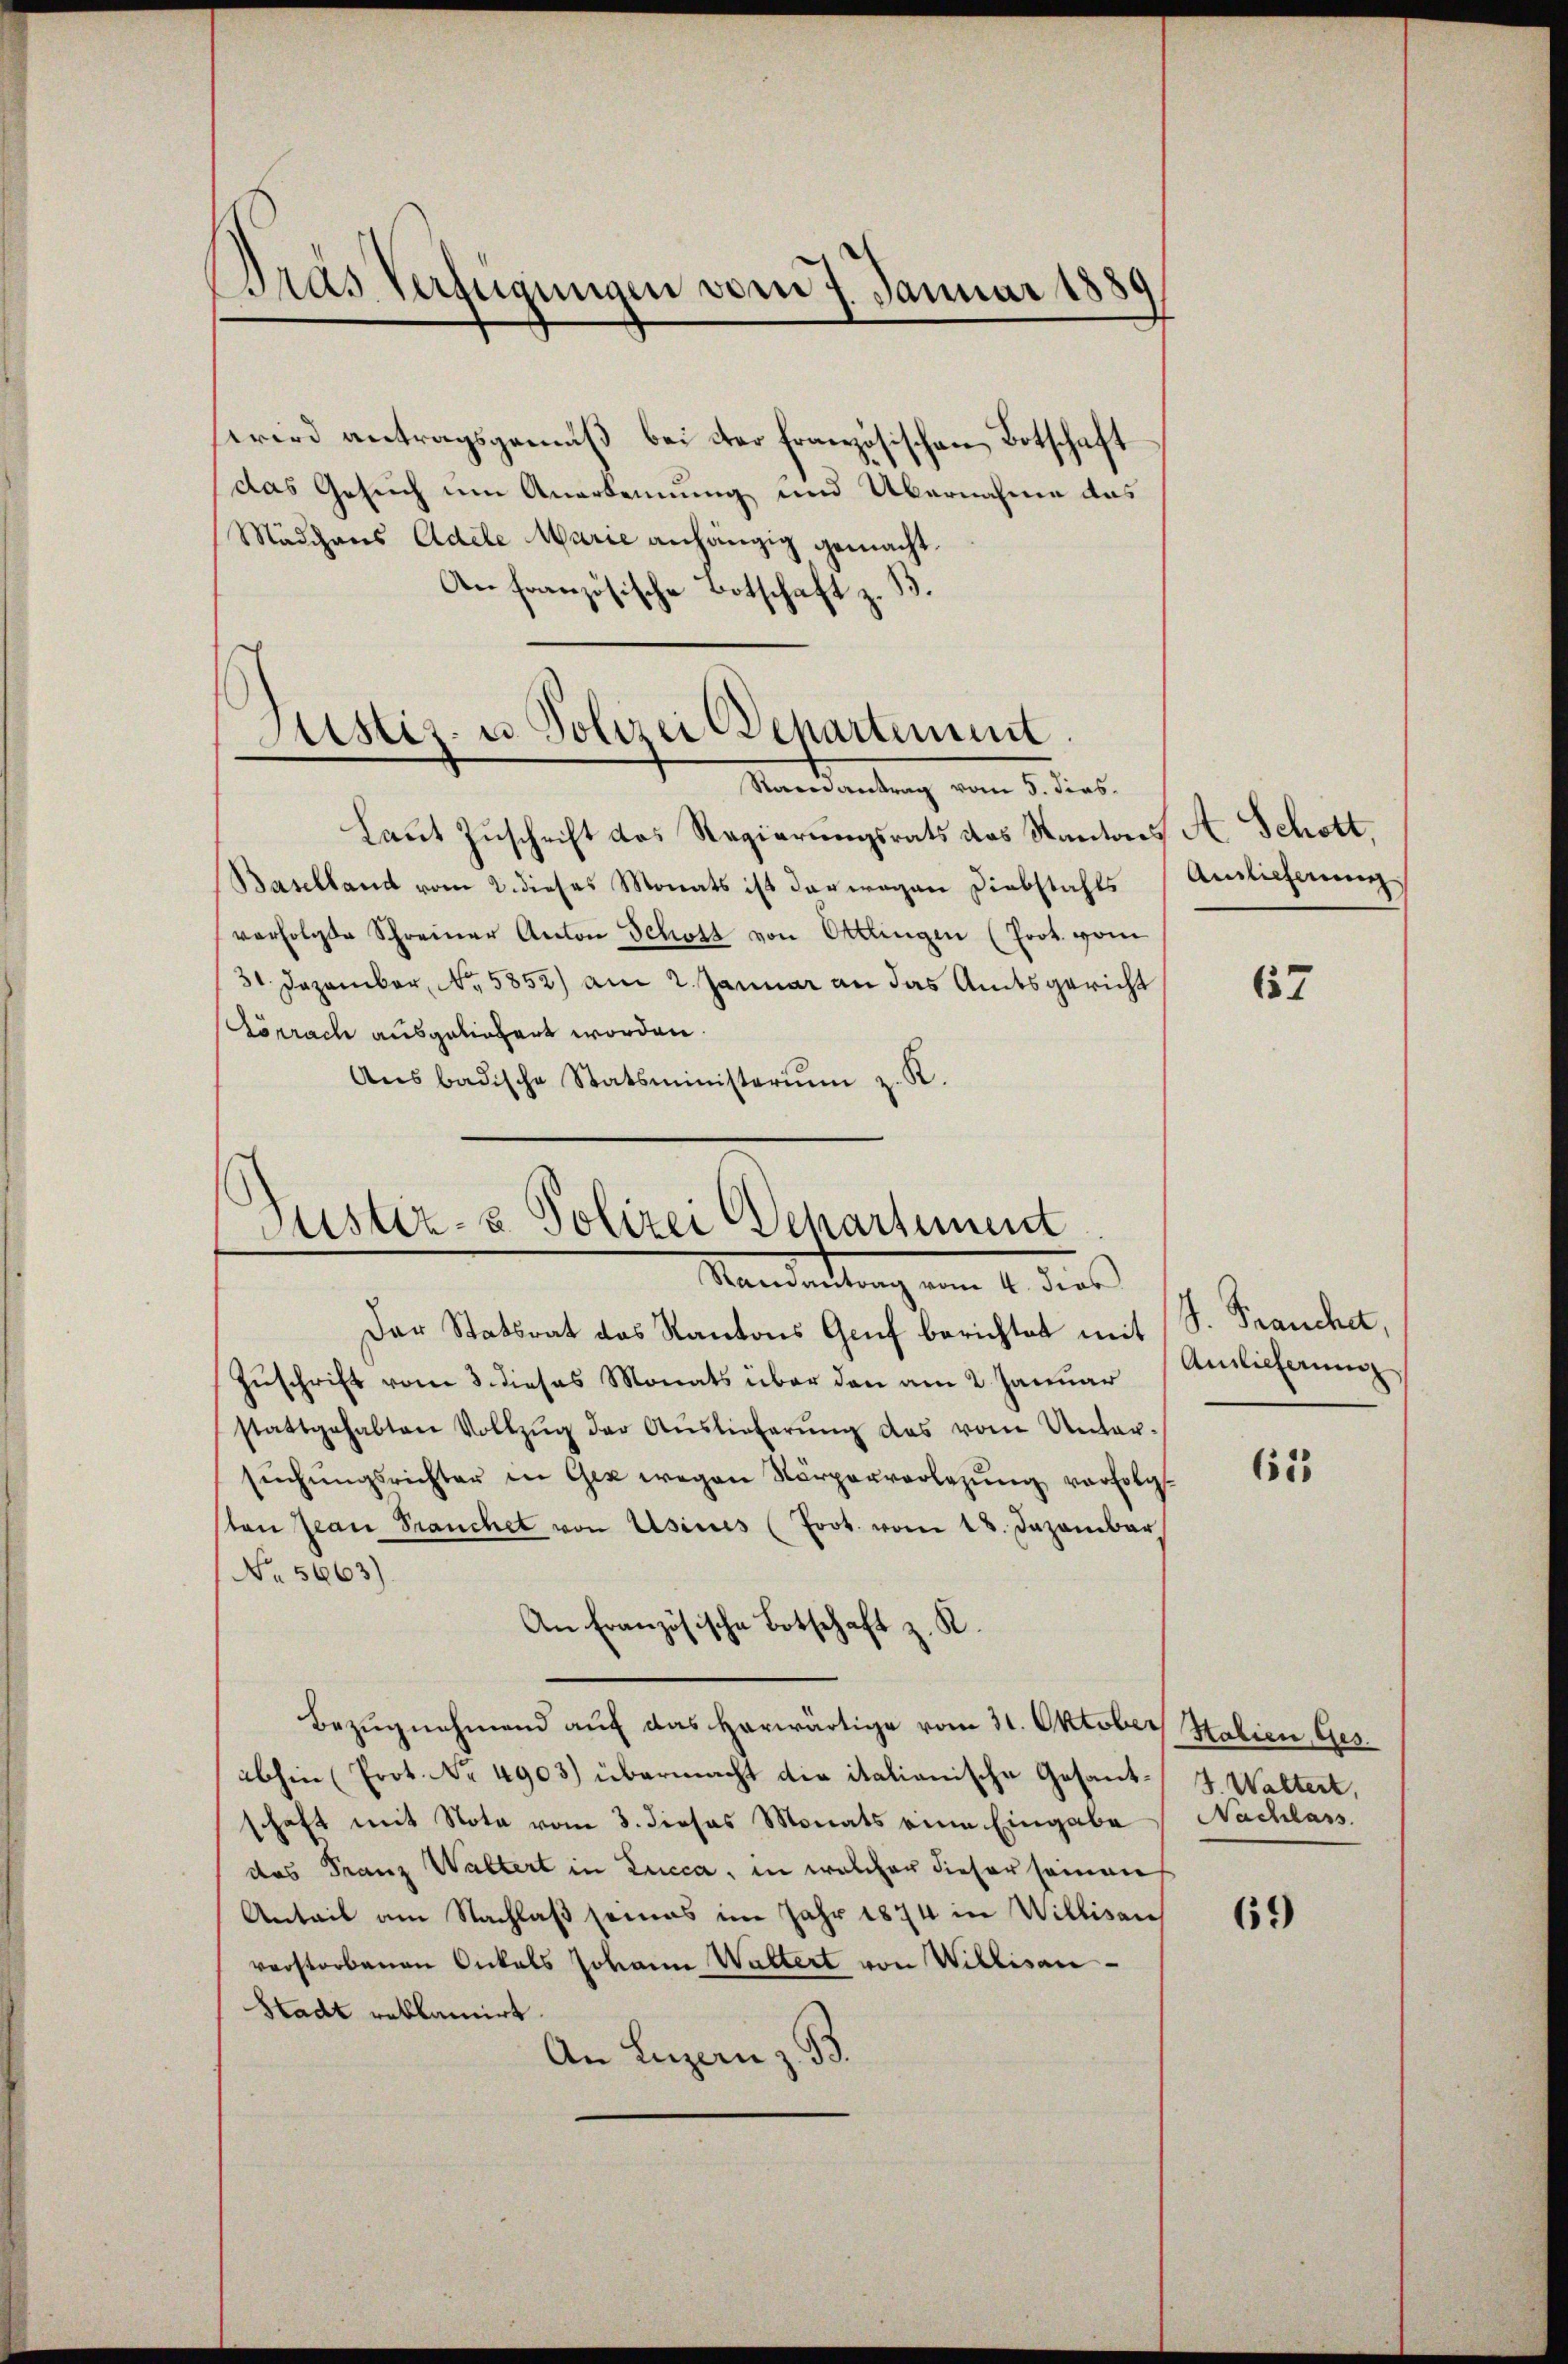
Dras Verfügungen vom 7. Januar 1881
.

wird antragsgemäß bei der französischen Botschaft
das Gesuch um Anerkennung und Übernahme das
Mädchens Adele Marie anhängig gemacht.
An französische Botschaft z. B.

Justiz- u. Polizei Departement.

Samantrag vom 5. Fins.
Laut Zuschrift des Regierungsrats des Kantons A. Schott,
Baselland vom 2. dieses Monats ist deswegen Diebstahls
verfolgte Schreiner Anton Schott von Ottlingen (Prot. vom
31 Dezember, No. 5852) am 2. Januar an das Amtsgericht
Lörrach ausgeliefert worden.
Aŭsbadische Statsministerium z. K.

Justiz- & Polizei Departement

Mandartung vom 1. dies
Der Statsrat das Kantons Gruf berichtet mit (S. Franche,
Zuschrift vom 3. dieses Monats über den am 2. Januar
stattgehabten Vollzŭg der Aŭslieferŭng des vom Unter-
sŭchŭngsrichter in Gez wegen Körperverlegung verfolg
sten Jean Franchet von Usius (Joot. vom 18. Dazambar
No. 5663).
An Französische Botschaft z. R.
Bezŭgnehmend auf das herwärtige vom 31. Oktober Italien Ges.
abhin (Prot. No. 4903) übermacht die italianische Gesant J. Waltert,
schaft mit Nota vom 3. dieses Monats eine Eingabe
das Franz Waltert in Lucca, in welcher dieser seiner
Anteil am Nachlaß seines im Jahr 1874 in Willisau
verstorbenen Onkels Johann Waltert von Willisau-
Stadt rablancirt.
An Luzern z. B.

Ainlicherung

67

Auslieferung

615

Nachlass

69